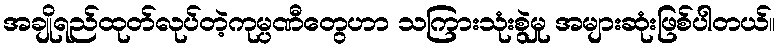
အချိုရည်ထုတ်လုပ်တဲ့ကုမ္ပဏီတွေဟာ သကြားသုံးစွဲမှု အများဆုံးဖြစ်ပါတယ်။